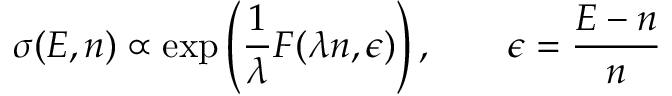
\sigma ( E , n ) \propto \exp \left( { \frac { 1 } { \lambda } } F ( \lambda n , \epsilon ) \right) , \qquad \epsilon = { \frac { E - n } { n } }